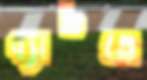
ব্যাচতে